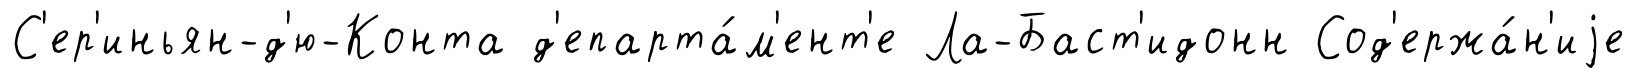
С'ер'иньян-д'ю-Конта д'епарта́м'ент'е Ла-Баст'идонн Сод'ержа́н'иjе